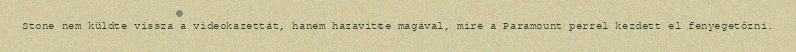
Stone nem küldte vissza a videokazettát, hanem hazavitte magával, mire a Paramount perrel kezdett el fenyegetőzni.